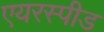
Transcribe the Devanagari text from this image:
एयरस्पीड